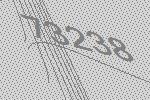
73238